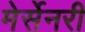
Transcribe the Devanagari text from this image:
मेर्सेनरी